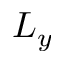
L _ { y }